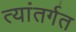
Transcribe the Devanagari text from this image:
त्यांतर्गत